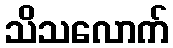
သိသလောက်